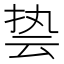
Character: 𮲐